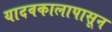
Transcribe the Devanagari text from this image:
यादवकालापासून